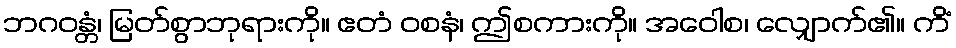
ဘဂဝန္တံ၊ မြတ်စွာဘုရားကို။ ဧတံ ဝစနံ၊ ဤစကားကို။ အဝေါစ၊ လျှောက်၏။ ကိံ